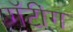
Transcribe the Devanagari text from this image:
गॅटींग